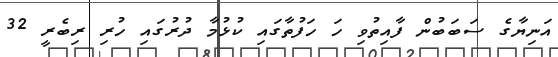
އަނިޔާގެ ސަަބަބުން ފާއިތުވި ހަ ހަފުތާގައި ކުޅުމާ ދުރުގައި ހުރި ރިބެރީ 32